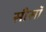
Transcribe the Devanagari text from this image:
सीसॉ